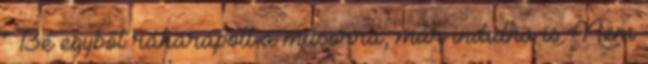
Bé egyből ráharapott a műsorra, már indulna is. Nem